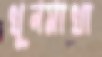
খুনমাখা